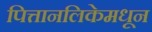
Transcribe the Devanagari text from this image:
पित्तानलिकेमधून